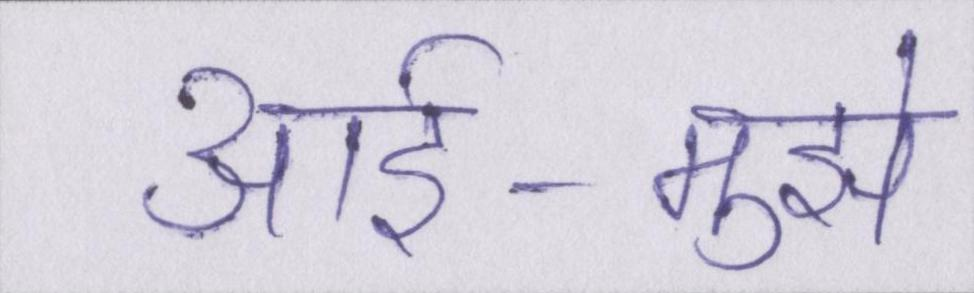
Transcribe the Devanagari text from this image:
आर्इ-मुझे